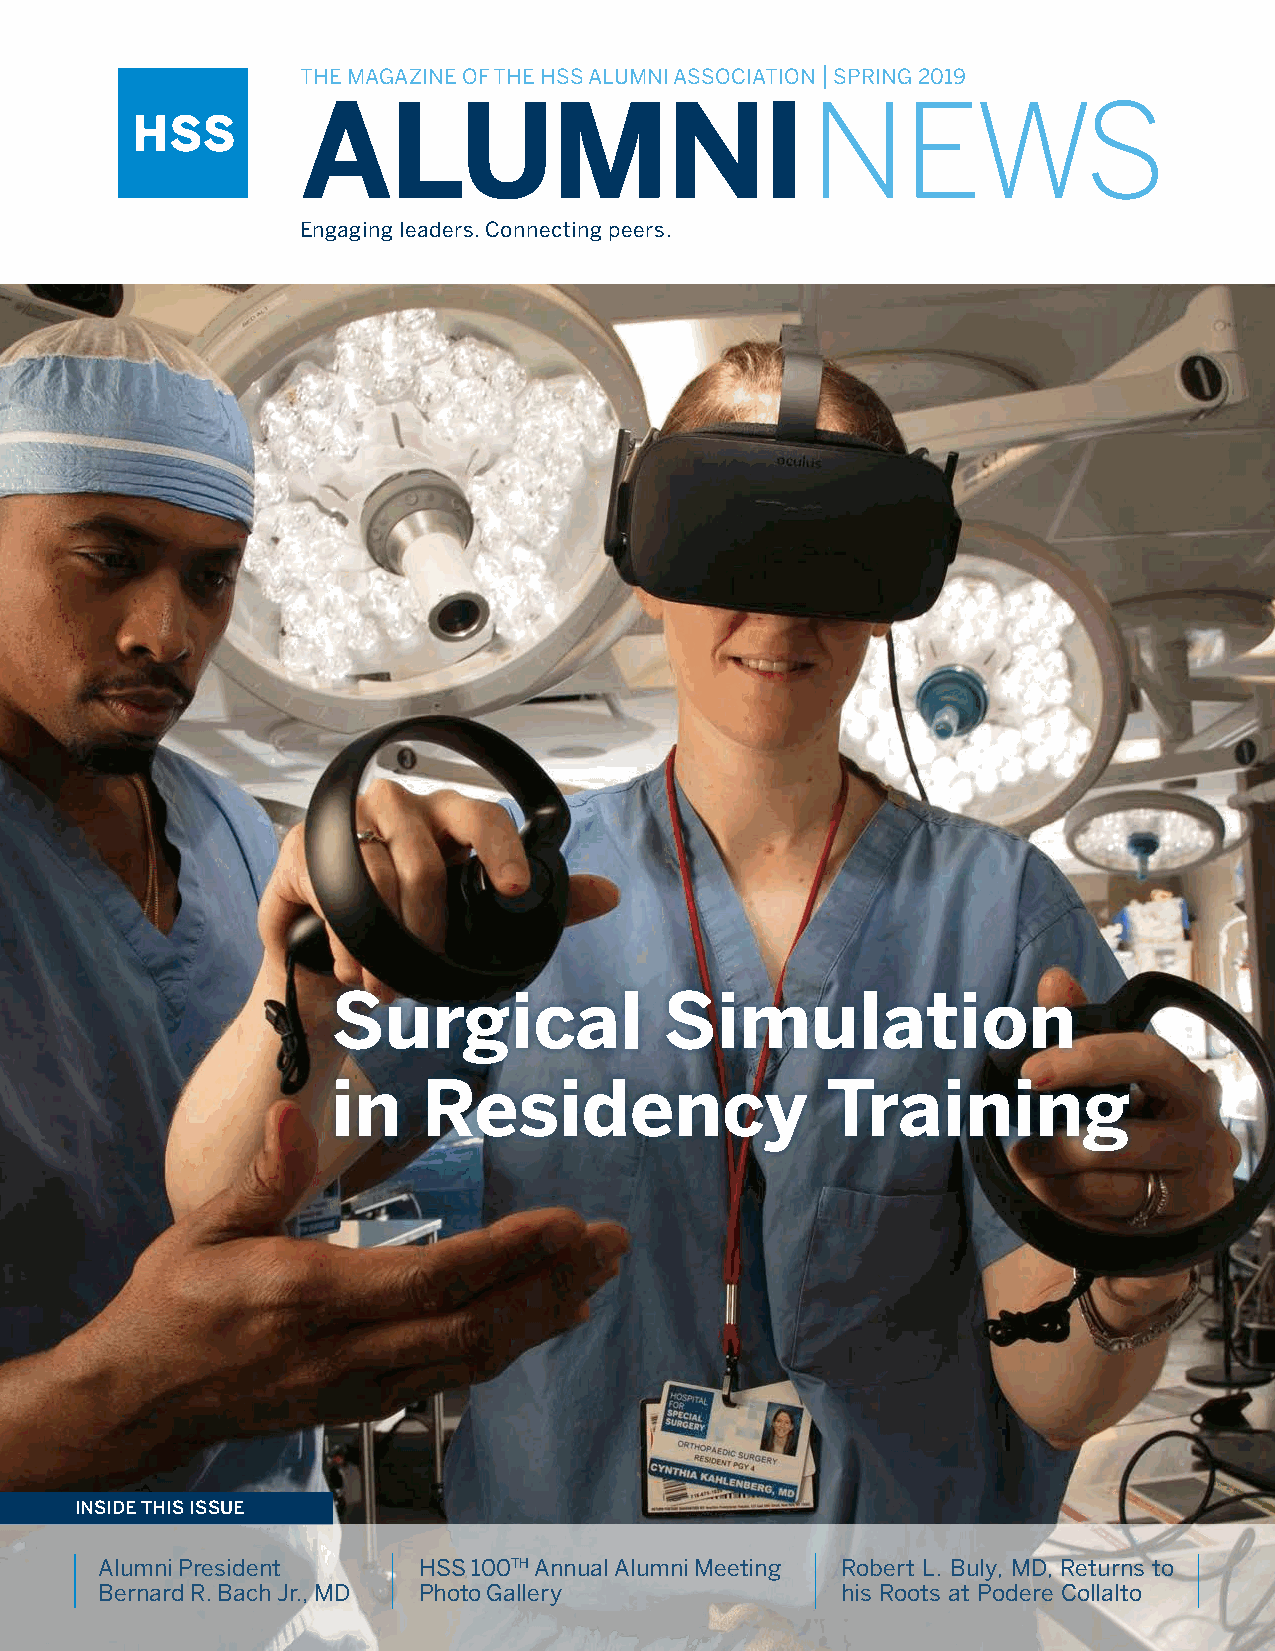
THE MAGAZINE OF THE HSS ALUMNI ASSOCIATION | SPRING 2019
 NEWS
 ALUMNI
 Engaging leaders. Connecting peers.
 Surgical              Simulation
 in    Residency                  Training
 IINNSSIIDDEE TTHHIISS IISSSSUUEE
 Alumni President     HSS 100TH Annual Alumni Meeting Robert L. Buly, MD, Returns to
 Bernard R. Bach Jr., MD Photo Gallery            his Roots at Podere Collalto